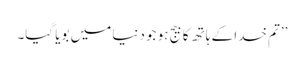
’’تم خدا کے ہاتھ کا بیج ہو جو دنیا میں بویا گیا۔